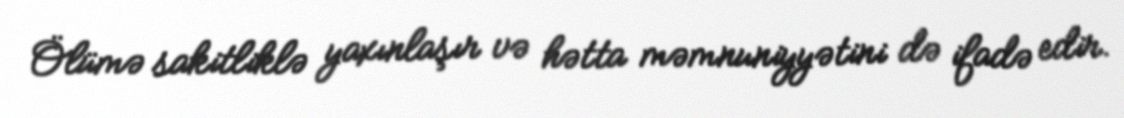
Ölümə sakitliklə yaxınlaşır və hətta məmnuniyyətini də ifadə edir.